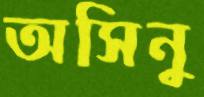
অসিনু